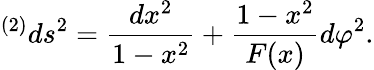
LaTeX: {}^{(2)}ds^{2}={\frac{dx^{2}}{1-x^{2}}}+{\frac{1-x^{2}}{F(x)}}d\varphi^{2}.